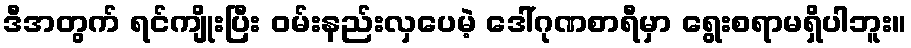
ဒီအတွက် ရင်ကျိုးပြီး ဝမ်းနည်းလှပေမဲ့ ဒေါ်ဂုဏစာရီမှာ ရွေးစရာမရှိပါဘူး။